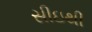
સીઇથી